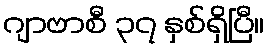
ဂျာဗာစီ ၃၇ နှစ်ရှိပြီ။